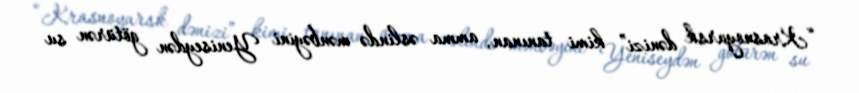
“Krasnoyarsk dənizi” kimi tanınan, amma əslində mənbəyini Yeniseydən götürən su